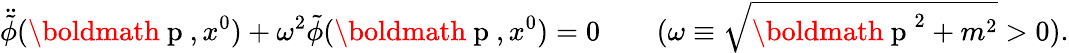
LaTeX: \ddot{\tilde{\phi}}(\mathrm{\boldmath~p~},x^{0})+\omega^{2}\tilde{\phi}(\mathrm{\boldmath~p~},x^{0})=0\qquad(\omega\equiv\sqrt{\mathrm{\boldmath~p~}^{2}+m^{2}}>0).